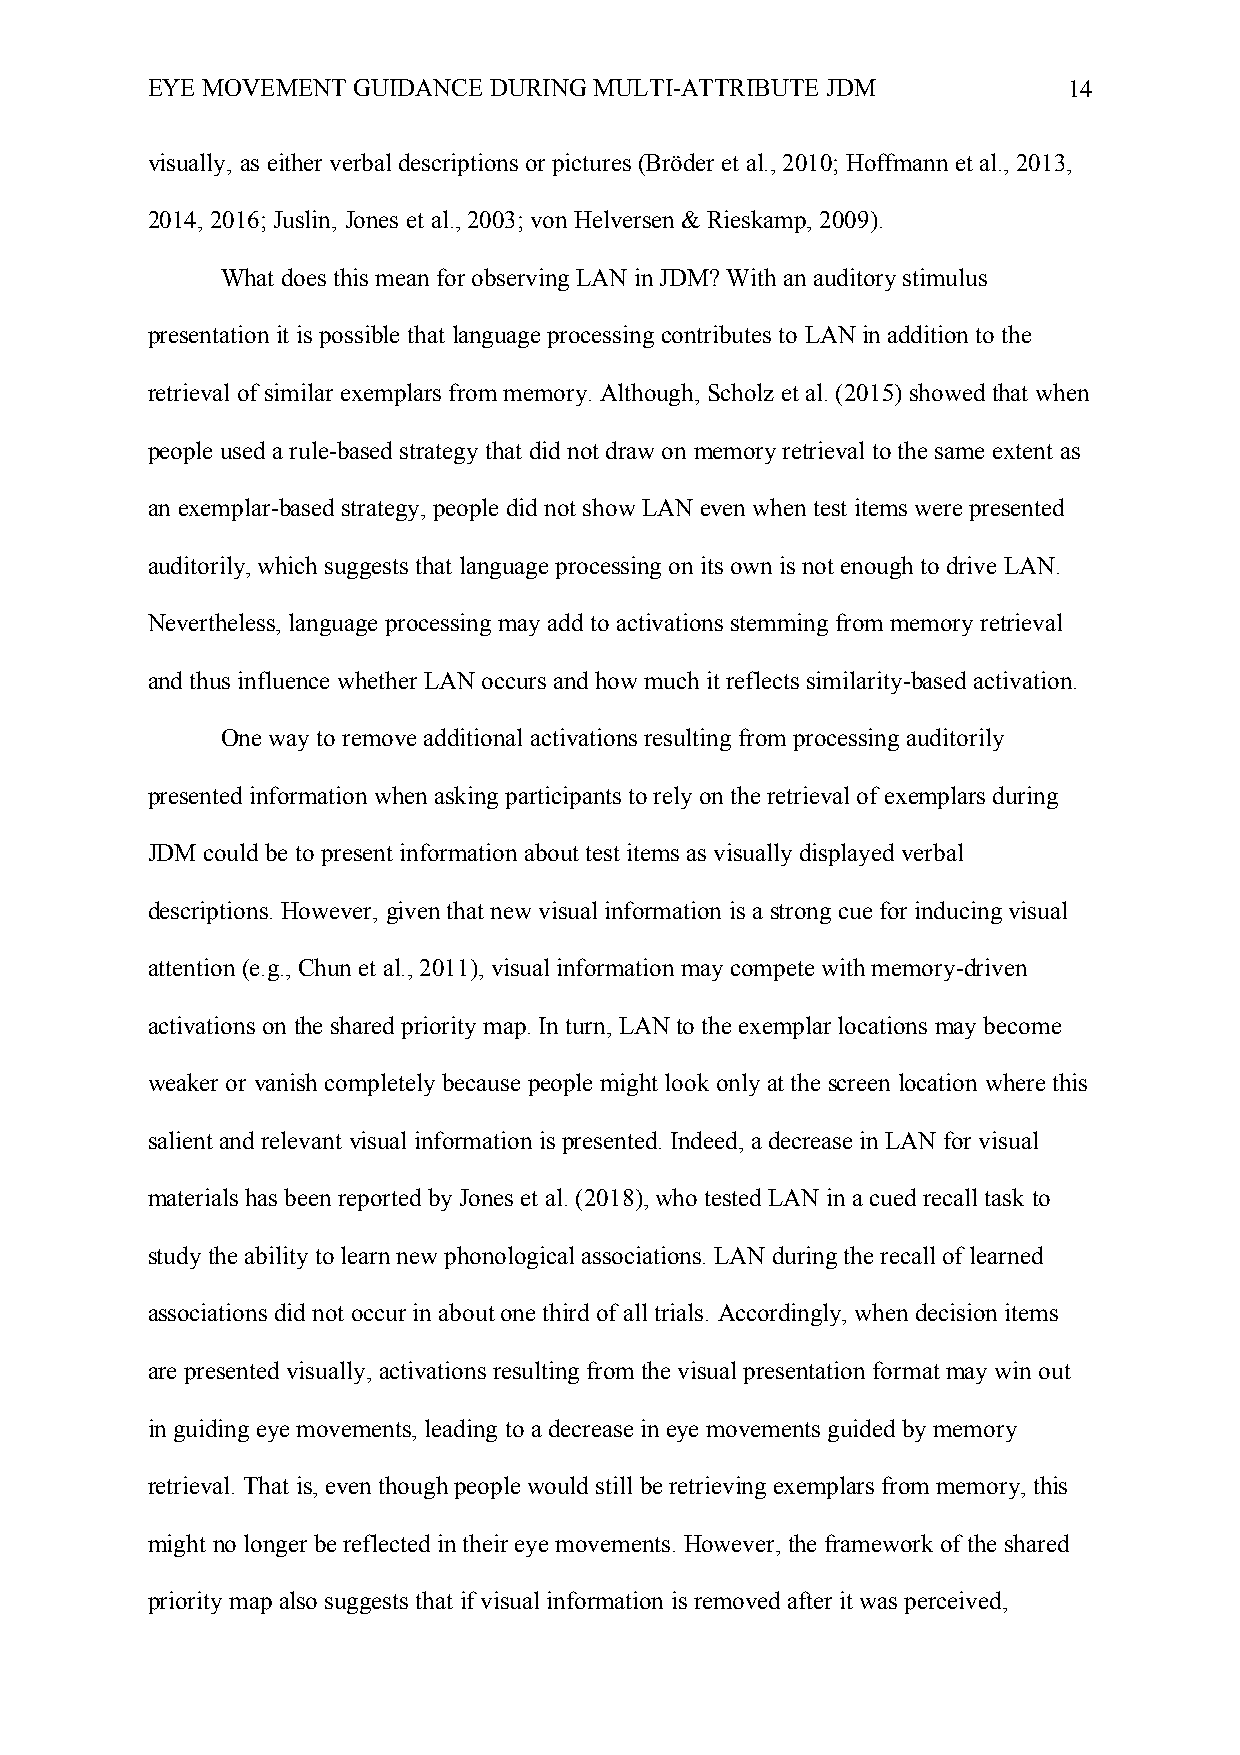
EYE MOVEMENT GUIDANCE DURING MULTI-ATTRIBUTE JDM             14
 visually, as either verbal descriptions or pictures (Bröder et al., 2010; Hoffmann et al., 2013,
 2014, 2016; Juslin, Jones et al., 2003; von Helversen & Rieskamp, 2009).
 What does this mean for observing LAN in JDM? With an auditory stimulus
 presentation it is possible that language processing contributes to LAN in addition to the
 retrieval of similar exemplars from memory. Although, Scholz et al. (2015) showed that when
 people used a rule-based strategy that did not draw on memory retrieval to the same extent as
 an exemplar-based strategy, people did not show LAN even when test items were presented
 auditorily, which suggests that language processing on its own is not enough to drive LAN.
 Nevertheless, language processing may add to activations stemming from memory retrieval
 and thus influence whether LAN occurs and how much it reflects similarity-based activation.
 One way to remove additional activations resulting from processing auditorily
 presented information when asking participants to rely on the retrieval of exemplars during
 JDM could be to present information about test items as visually displayed verbal
 descriptions. However, given that new visual information is a strong cue for inducing visual
 attention (e.g., Chun et al., 2011), visual information may compete with memory-driven
 activations on the shared priority map. In turn, LAN to the exemplar locations may become
 weaker or vanish completely because people might look only at the screen location where this
 salient and relevant visual information is presented. Indeed, a decrease in LAN for visual
 materials has been reported by Jones et al. (2018), who tested LAN in a cued recall task to
 study the ability to learn new phonological associations. LAN during the recall of learned
 associations did not occur in about one third of all trials. Accordingly, when decision items
 are presented visually, activations resulting from the visual presentation format may win out
 in guiding eye movements, leading to a decrease in eye movements guided by memory
 retrieval. That is, even though people would still be retrieving exemplars from memory, this
 might no longer be reflected in their eye movements. However, the framework of the shared
 priority map also suggests that if visual information is removed after it was perceived,